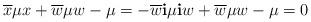
LaTeX: \begin{align*}\overline{x}\mu x+ \overline{w}\mu w-\mu=-\overline{w}{\bf i}\mu {\bf i}w+\overline{w}\mu w -\mu=0\end{align*}